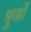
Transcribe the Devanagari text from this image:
भुजों